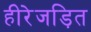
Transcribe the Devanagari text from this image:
हीरेजड़ित